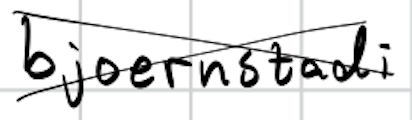
Text: bjoernstadi
Cross-out: cross
Writing tool: digital_black